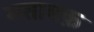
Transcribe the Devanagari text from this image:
मताबक़